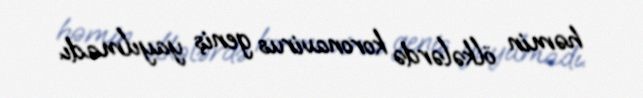
həmin ölkələrdə koronavirus geniş yayılmadı.